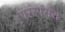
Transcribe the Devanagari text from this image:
परस्परांस